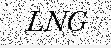
LNG